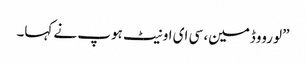
” لورووڈمین، سی ای او نیٹ ہوپ نے کہا۔